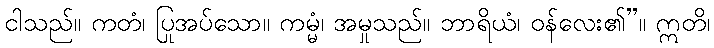
ငါသည်။ ကတံ၊ ပြုအပ်သော။ ကမ္မံ၊ အမှုသည်။ ဘာရိယံ၊ ဝန်လေး၏”။ ဣတိ၊